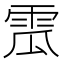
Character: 𩂡